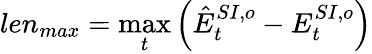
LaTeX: len_{max}=\operatorname*{max}_{t}\Big(\hat{E}_{t}^{SI,o}-E_{t}^{SI,o}\Big)